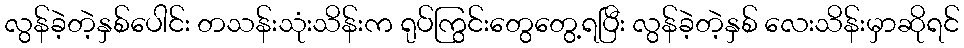
လွန်ခဲ့တဲ့နှစ်ပေါင်း တသန်းသုံးသိန်းက ရုပ်ကြွင်းတွေတွေ့ရပြီး လွန်ခဲ့တဲ့နှစ် လေးသိန်းမှာဆိုရင်